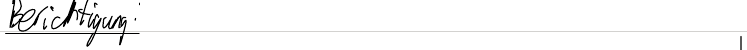
Berichtigung: